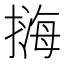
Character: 𢲨